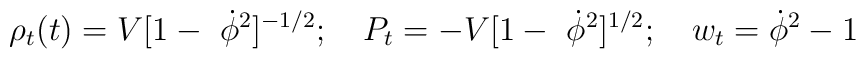
\rho_t(t) = V[1-\ \dot\phi^2]^{-1/2}; \quad  P_t =-V[1-\ \dot\phi^2]^{1/2} ; \quad  w_t  =\dot\phi^2-1